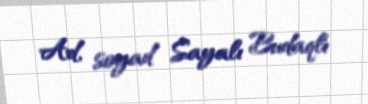
Ad, soyad Sayalı Budaqlı